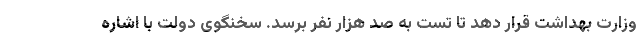
وزارت بهداشت قرار دهد تا تست به صد هزار نفر برسد. سخنگوی دولت با اشاره